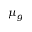
\mu _ { g }